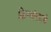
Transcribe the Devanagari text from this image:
किरणांसारखे